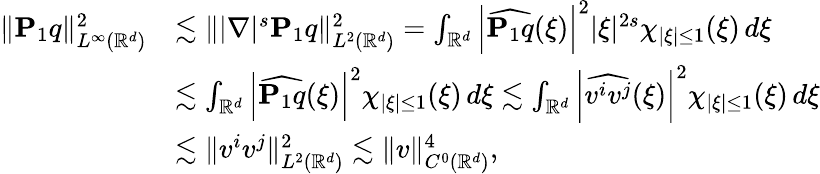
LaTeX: \begin{array}{rl}{\| \mathbf{P}_{1}q\| _{L^{\infty}(\mathbb R^{d})}^{2}}&{\lesssim\| |\nabla|^{s}\mathbf{P}_{1}q\| _{L^{2}(\mathbb R^{d})}^{2}=\int_{\mathbb R^{d}}\left|\widehat{\mathbf{P}_{1}q}(\xi)\right|^{2}|\xi|^{2s}\chi_{|\xi|\leq 1}(\xi)\, d\xi}\\ &{\lesssim\int_{\mathbb R^{d}}\left|\widehat{\mathbf{P}_{1}q}(\xi)\right|^{2}\chi_{|\xi|\leq 1}(\xi)\, d\xi\lesssim\int_{\mathbb R^{d}}\left|\widehat{v^{i}v^{j}}(\xi)\right|^{2}\chi_{|\xi|\leq 1}(\xi)\, d\xi}\\ &{\lesssim\| v^{i}v^{j}\| _{L^{2}(\mathbb R^{d})}^{2}\lesssim\| v\| _{C^{0}(\mathbb R^{d})}^{4},}\end{array}